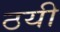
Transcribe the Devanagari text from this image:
ठयी